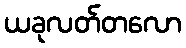
ယခုလတ်တလော